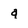
Character: q